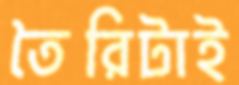
তৈরিটাই